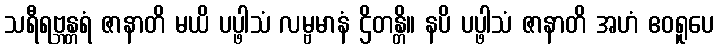
သရီရဗ္ဘန္တရံ ဇာနာတိ မယိ ပပ္ဖါသံ လမ္ဗမာနံ ဌိတန္တိ။ နပိ ပပ္ဖါသံ ဇာနာတိ အဟံ ဧဝရူပေ